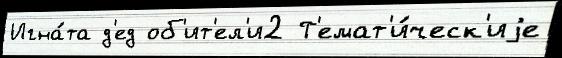
Игна́та д'ед об'ит'ел'и2 Т'емат'и́ческ'иjе